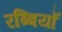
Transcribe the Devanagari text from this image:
रब्बियाँ